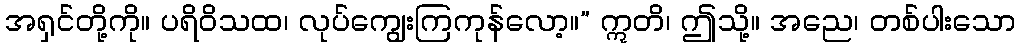
အရှင်တို့ကို။ ပရိဝိသထ၊ လုပ်ကျွေးကြကုန်လော့။” ဣတိ၊ ဤသို့။ အညေ၊ တစ်ပါးသော